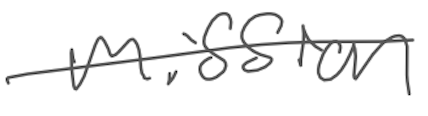
Text: mission
Cross-out: single-line
Writing tool: digital_gray